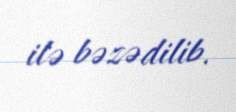
ilə bəzədilib.